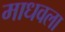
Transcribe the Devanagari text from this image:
माधवला